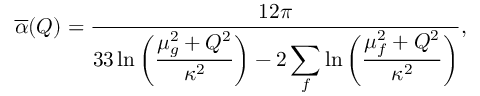
\overline { { \alpha } } ( Q ) = { \frac { 1 2 \pi } { \displaystyle 3 3 \ln { \bigg ( { \frac { \mu _ { g } ^ { 2 } + Q ^ { 2 } } { \kappa ^ { 2 } } } \bigg ) } - 2 \sum _ { f } \ln { \bigg ( { \frac { \mu _ { f } ^ { 2 } + Q ^ { 2 } } { \kappa ^ { 2 } } } \bigg ) } } } ,